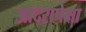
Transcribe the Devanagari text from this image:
आदरापेक्षा